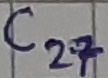
Text: C27